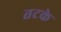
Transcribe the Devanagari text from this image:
तटके